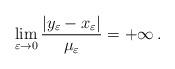
LaTeX: \begin{align*}\lim_{\varepsilon\to 0} \frac{|y_\varepsilon-x_\varepsilon|}{\mu_\varepsilon}=+\infty\,.\end{align*}